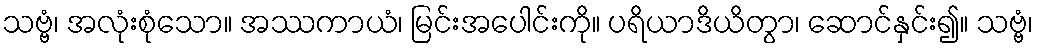
သဗ္ဗံ၊ အလုံးစုံသော။ အဿကာယံ၊ မြင်းအပေါင်းကို။ ပရိယာဒိယိတွာ၊ ဆောင်နှင်း၍။ သဗ္ဗံ၊